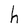
Character: h